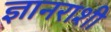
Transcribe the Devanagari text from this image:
ज्ञानराशी